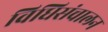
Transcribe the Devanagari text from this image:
विधिसंचालन